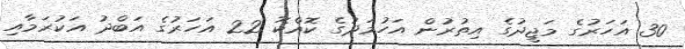
30 އަހަރުގެ މަޖީދުގެ އިތުރުން އަހުމަދުގެ ކޮއްކޮ 22 އަހަރުގެ އަބްދު އަކުރަމާއި